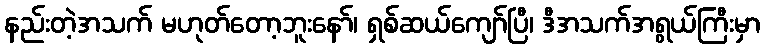
နည်းတဲ့အသက် မဟုတ်တော့ဘူးနော်၊ ရှစ်ဆယ်ကျော်ပြီ၊ ဒီအသက်အရွယ်ကြီးမှာ